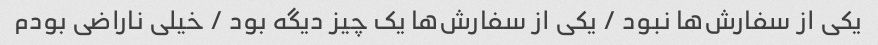
یکی از سفارش‌ها نبود / یکی از سفارش‌ها یک چیز دیگه بود / خیلی ناراضی بودم